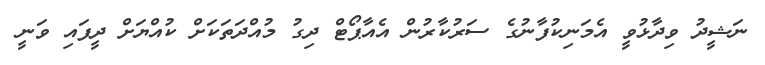
ނަޝީދު ވިދާޅުވީ އެމަނިކުފާނުގެ ސަރުކާރުން އެއާޕޯޓް ދިގު މުއްދަތަކަށް ކުއްޔަށް ދީފައި ވަނީ